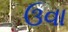
ઉવા